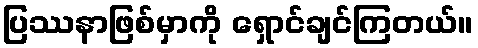
ပြဿနာဖြစ်မှာကို ရှောင်ချင်ကြတယ်။